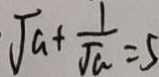
\sqrt { a } + \frac { 1 } { \sqrt { a } } = 5